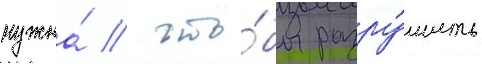
нужна́ / что́бы разру́шить